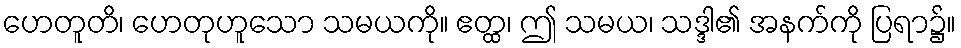
ဟေတူတိ၊ ဟေတုဟူသော သမယကို။ ဧတ္ထ၊ ဤ သမယ၊ သဒ္ဒါ၏ အနက်ကို ပြရာ၌။